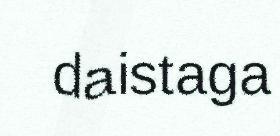
daistaga